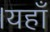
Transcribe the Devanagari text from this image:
।यहाँ